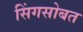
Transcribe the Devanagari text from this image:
सिंगसोबत